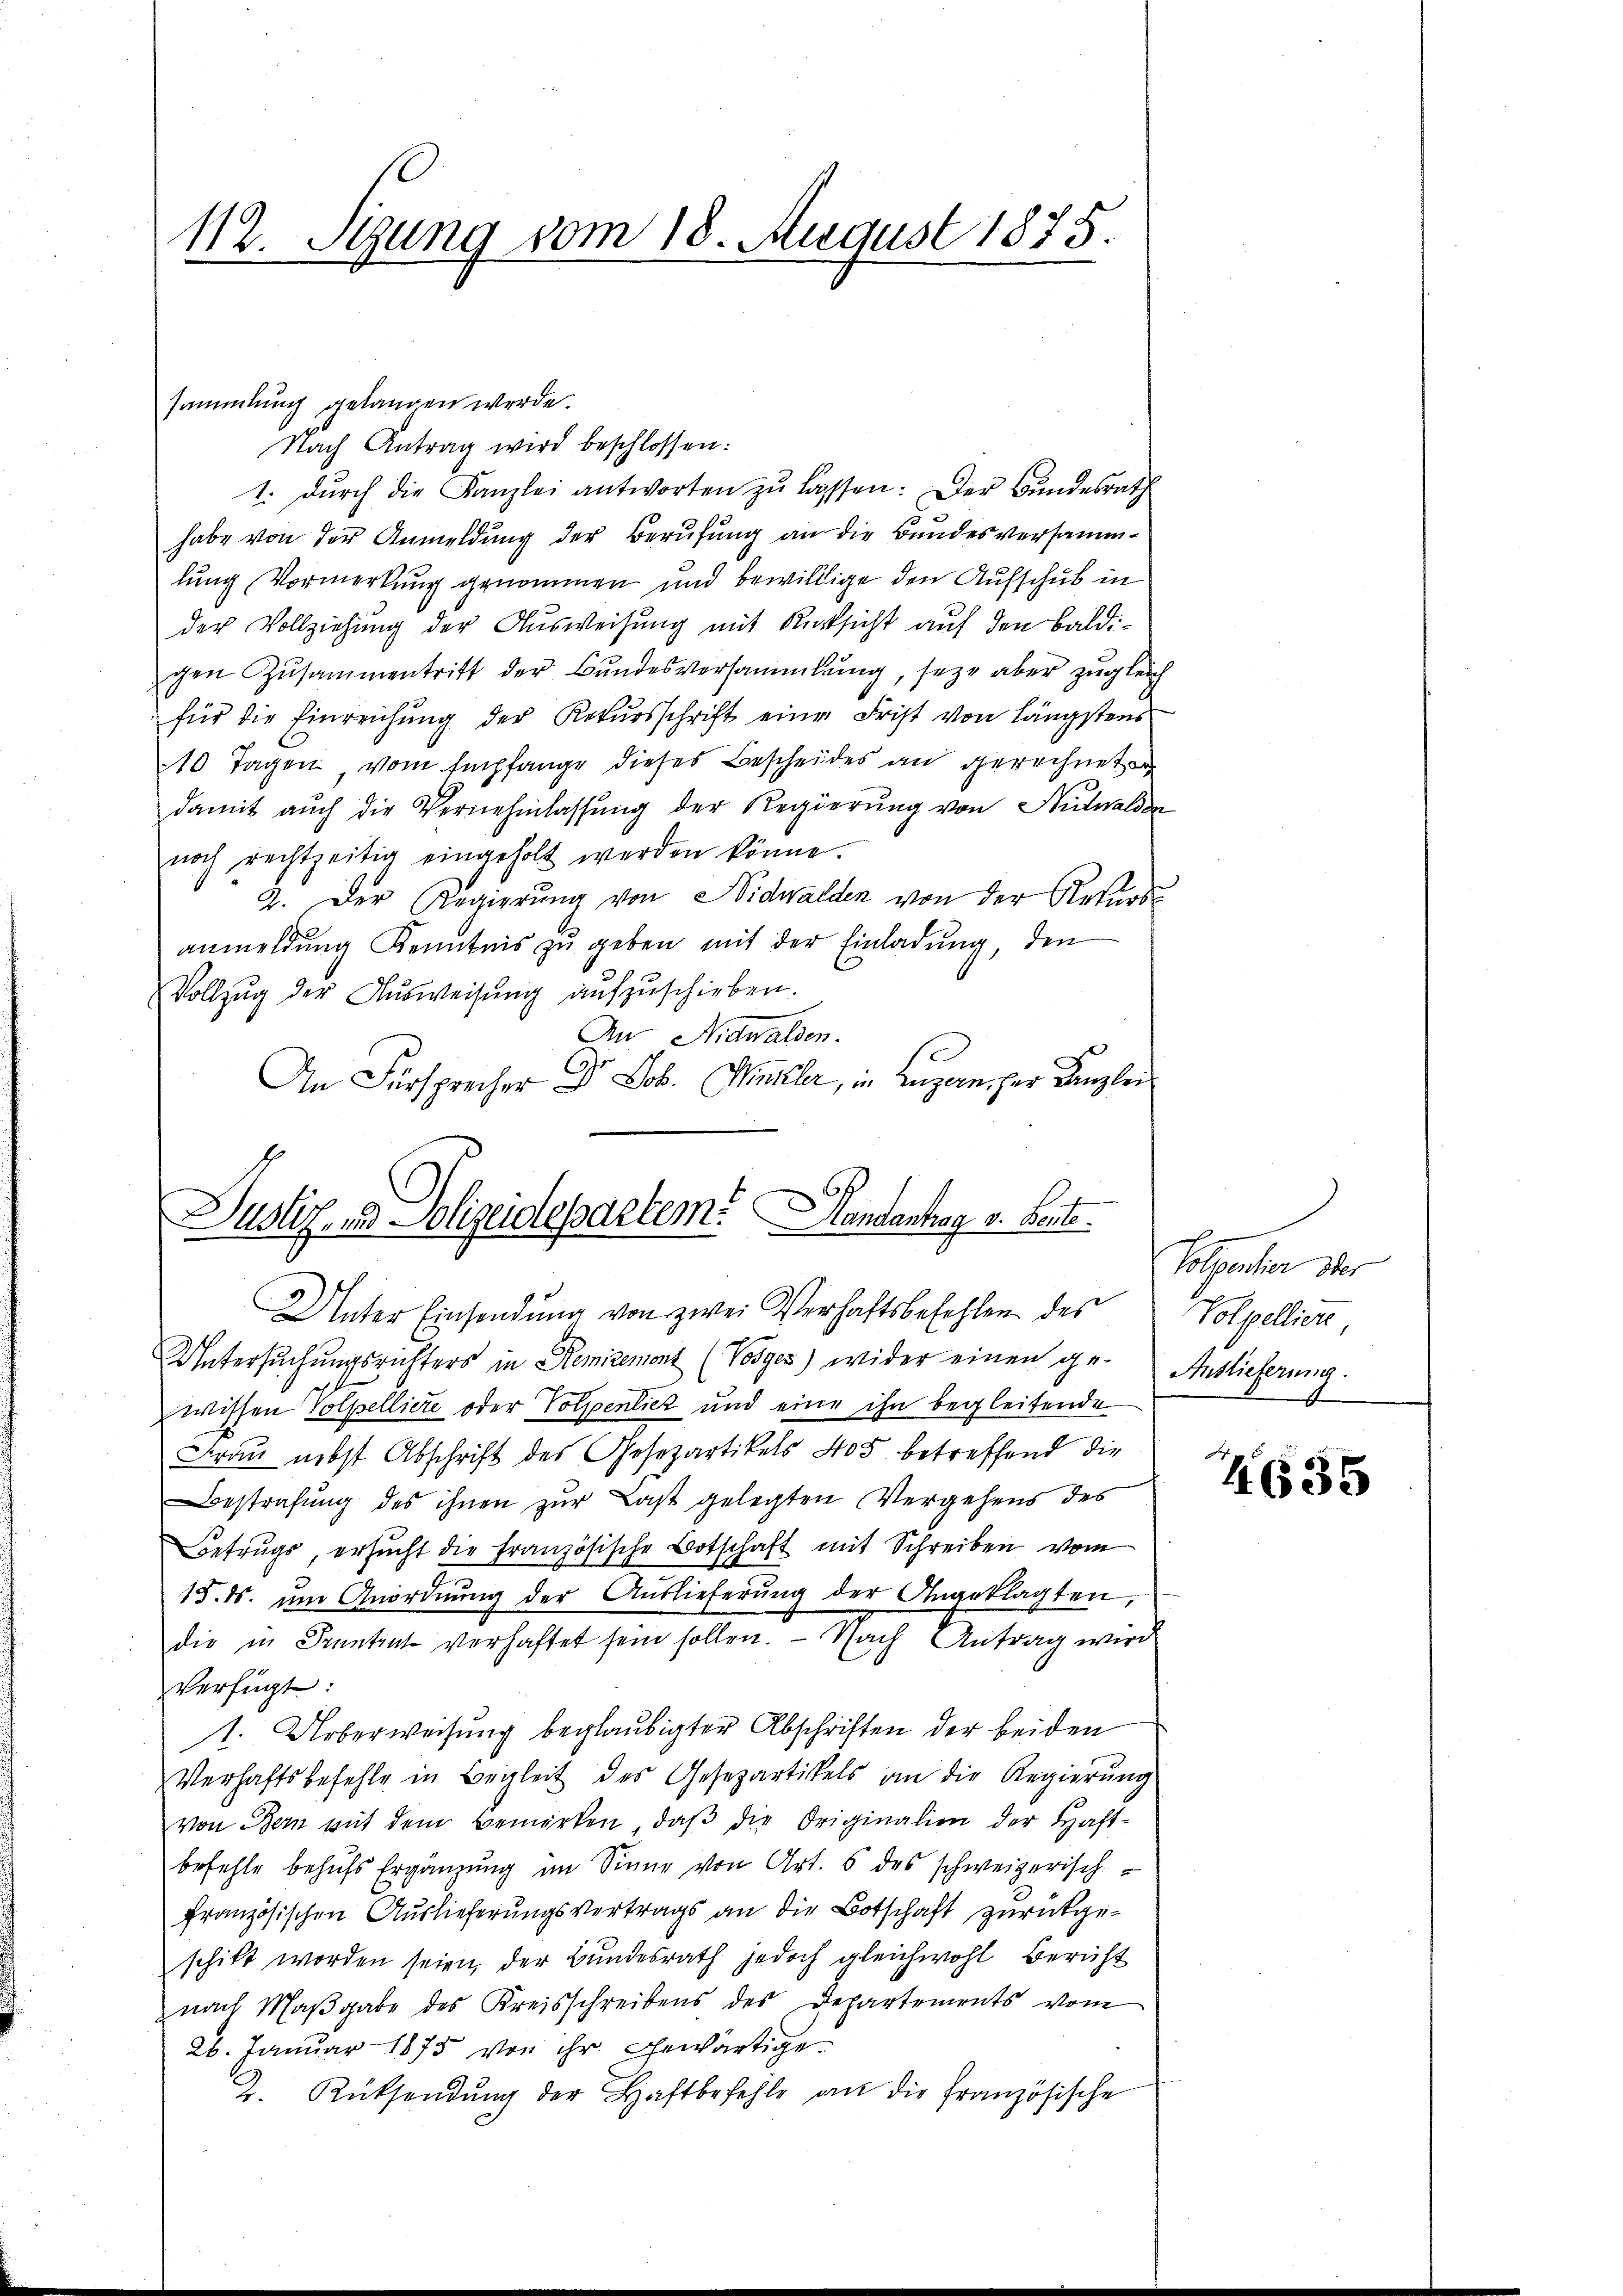
112. Segung vom 18. August 1875.

sammlung gelangen werde.
Nach Antrag wird beschlossen:
1. dŭrch die Kanzlei antworten zŭ lassen: Der Bŭndesrath
habe von der Anmeldung der Berufung an die Bundesversammlung Vormerkung genommen und bewillige den Aufschub in
der Vollziehung der Ausweisung mit Rücksicht auf den Baldigen Zusammentritt der Bundesversammlung, seze aber zugleich
für die Einreichung der Rekursschrift eine Frist von längstens
10 Tagen, vom Empfange dieses Bescheides an gerechnete
damit auch die Vernehmlassung der Regierung von Nidwalden
noch rechtzeitig eingeholt werden könne.
2. Der Regierung von Nidwalden von der Rekursanmeldung Kenntnis zu geben mit der Einladung, den
Vollzug der Aŭsweisung aufzuschieben.
An Nidwalden.
An Fürsprecher Dr Job. Winkler, in Luzern, der Kanzlei

Justiz, in Polizeidepartem Handantrag v. Seite
Unter Einsendung von zwei Verhaftsbefehlen des

Untersuchungsrichters in Remizemont (Vosges) wider einen ge-
wissen Tolpelliere oder Volpentier und eine ihn begleitende
Frau nebst Abschrift des Gesezartikels 405 betreffend die
Bestrafung des ihnen zur Last gelegten Vergehens des
Betrugs ersŭcht die französische Botschaft mit Schreiben vom
15. ds. ŭm Anordnŭng der Auslieferŭng der Angeklagten,
die in Sonntent verhaftet sein sollen. - Nach Antrag wird
verfügt:
1. Ueberweisung beglaubigter Abschriften der beiden
Verhaftsbefehle in Begleit des Gesepartikels an die Regierŭng
von Bern mit dem Bemerken, daβ die Originalien der Haft-
befehle behŭfs Ergänzŭng im Sinne von Art. 5 des schweizerisch
französischen Auslieferungsvertrags an die Botschaft zurückgeschikt worden seien, der Bundesrath jedoch gleichwohl Bericht
nach Maβgabe des Kreisschreibens des Departements vom
26. Januar 1875 von ihr gewärtige
2. Rücksendŭng der Haftbefehle an die französische

Polventier oder
Polpellion
Auslieferung.

4635